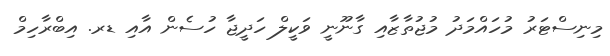
މިނިސްޓަރު މުހައްމަދު މުޖުތާޒާއި ގާނޫނީ ވަކީލް ހަދީޖާ ހުސެން އާއި ޑރ. އިބްރާހިމް